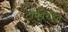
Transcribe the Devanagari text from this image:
ट्रॉफीरहित